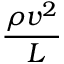
\frac { \rho v ^ { 2 } } { \ L }